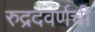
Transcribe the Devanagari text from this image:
रुद्रदवर्णची